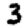
Digit: 3